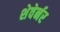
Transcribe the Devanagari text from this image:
शेवेर्नर